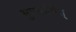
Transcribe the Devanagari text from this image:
मुपबर्हयेत्